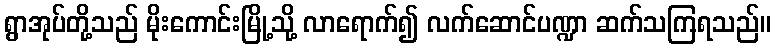
ရွာအုပ်တို့သည် မိုးကောင်းမြို့သို့ လာရောက်၍ လက်ဆောင်ပဏ္ဍာ ဆက်သကြရသည်။